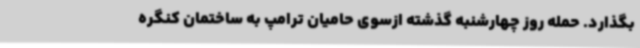
بگذارد. حمله روز چهارشنبه گذشته ازسوی حامیان ترامپ به ساختمان کنگره